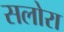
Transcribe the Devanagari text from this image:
सलोरा